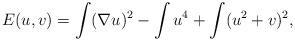
LaTeX: \begin{align*}E(u,v)=\int (\nabla u)^2-\int u^4+\int(u^2+v)^2,\end{align*}